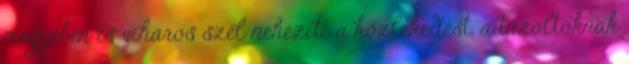
megyében is viharos szél nehezíti a közlekedést, a tűzoltóknak